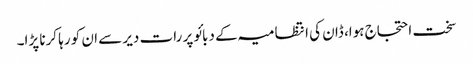
سخت احتجاج ہوا، ڈان کی انتظامیہ کے دبائو پر رات دیر سے ان کو رہا کرنا پڑا۔